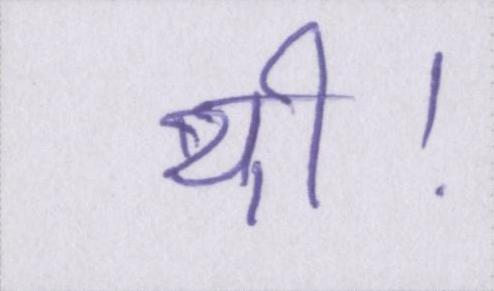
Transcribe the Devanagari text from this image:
थी।